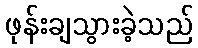
ဖုန်းချသွားခဲ့သည်